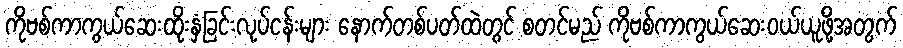
ကိုဗစ်ကာကွယ်ဆေးထိုးနှံခြင်းလုပ်ငန်းများ နောက်တစ်ပတ်ထဲတွင် စတင်မည် ကိုဗစ်ကာကွယ်ဆေးဝယ်ယူဖို့အတွက်